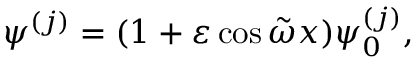
\psi ^ { ( j ) } = ( 1 + \varepsilon \cos \tilde { \omega } x ) \psi _ { 0 } ^ { ( j ) } ,